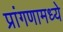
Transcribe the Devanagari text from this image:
प्रांगणामध्ये